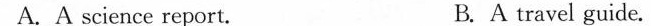
A.A science report. B.A travel guide.